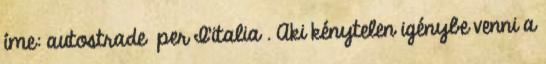
íme: autostrade per I'italia . Aki kénytelen igénybe venni a